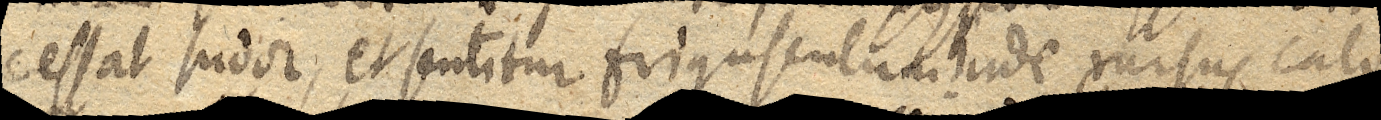
cessat sudor, et sentitur frigusculum. Inde rursus calor et